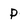
Character: P